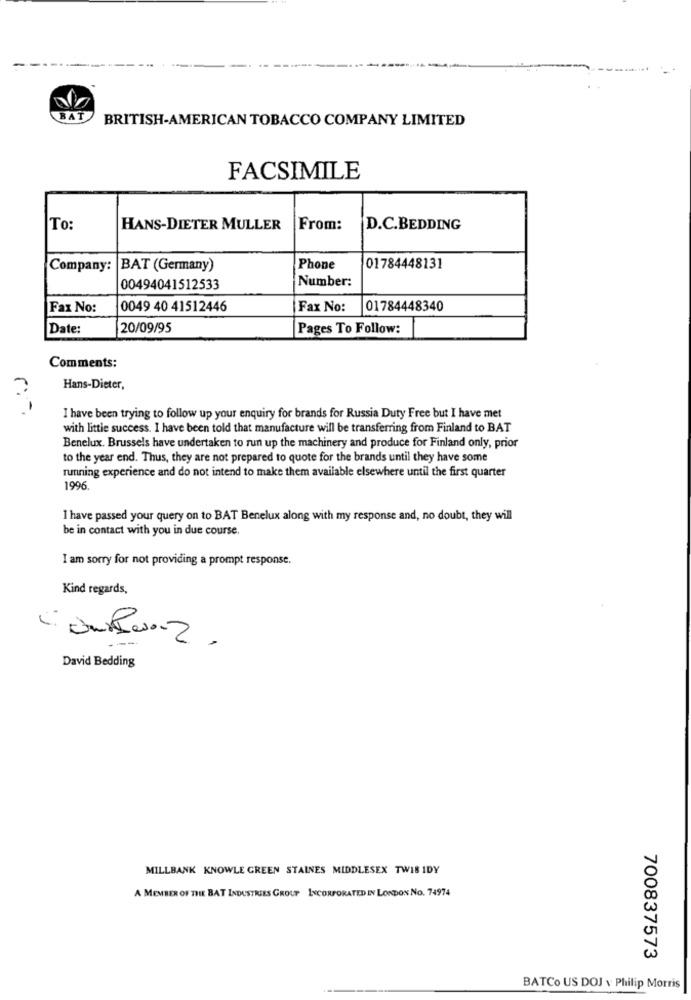
BAT
BRITISH-AMERICAN TOBACCO COMPANY LIMITED
FACSIMILE
To:
HANS-DIETER MULLER
From:
D.C.BEDDING
Company:
BAT (Germany)
Phone
01784448131
Number:
00494041512533
Fax No:
0049 40 41512446
Fax No:
01784448340
Date:
20/09/95
Pages To Follow:
C
Comments:
Hans-Dieter,
I have been trying to follow up your enquiry for brands for Russia Duty Free but I have met
with little success. I have been told that manufacture will be transferring from Finland to BAT
Benelux. Brussels have undertaken to run up the machinery and produce for Finland only, prior
to the year end. Thus, they are not prepared to quote for the brands until they have some
running experience and do not intend to make them available elsewhere until the first quarter
1996.
I have passed your query on to BAT Benelux along with my response and, no doubt, they will
be in contact with you in due course.
I am sorry for not providing a prompt response.
Kind regards,
conRan2.
David Bedding
MILLBANK KNOWLE GREEN STAINES MIDDLESEX TWIS IDY
A MEMBER OF THE BAT INDUSTRIES GROUP INCORPORATED IN LONDON No. 74974
700837573
BATCo US DOJ v Philip Morris